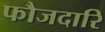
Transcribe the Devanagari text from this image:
फौजदारि